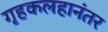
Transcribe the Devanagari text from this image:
गृहकलहानंतर